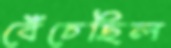
বেঁচেছিল